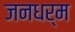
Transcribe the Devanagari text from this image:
जनधर्म